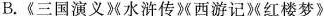
B.《三国演义》《水浒传》西游记微红楼梦》